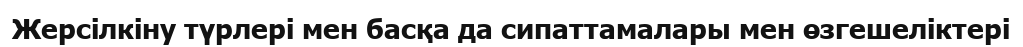
Жерсілкіну түрлері мен басқа да сипаттамалары мен өзгешеліктері